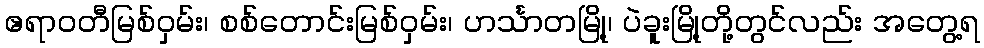
ဧရာဝတီမြစ်ဝှမ်း၊ စစ်တောင်းမြစ်ဝှမ်း၊ ဟင်္သာတမြို့၊ ပဲခူးမြို့တို့တွင်လည်း အတွေ့ရ